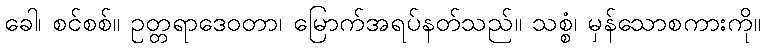
ခေါ၊ စင်စစ်။ ဥတ္တရာဒေဝတာ၊ မြောက်အရပ်နတ်သည်။ သစ္စံ၊ မှန်သောစကားကို။